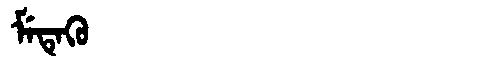
Manchu: ᠮᡝᡨᡝᡴᡠ
Romanization: METEKU